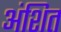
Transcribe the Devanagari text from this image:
अंशित